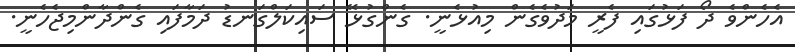
އެހެންވެ ދޯ ފަޅުގައި ފެރީ މަދުވެގެން މިއުޅެނީ. ގެންގުޅޭ ސައިކަލްގަނޑު ދަމާފައި ގެންދާންމިޖެހެނީ.